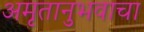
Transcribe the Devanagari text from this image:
अमृतानुभवाचा